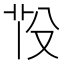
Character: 𦭇